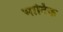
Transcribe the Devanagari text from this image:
भाटिक